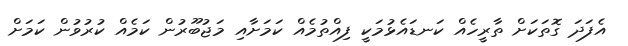
އެފަދަ ގޮތަކަށް ތާރީހެއް ކަނޑައެޅުމަކީ ފިއްތުމެއް ކަމަށާއި މަޖުބޫރުން ކަމެއް ކުރުވުން ކަމަށް